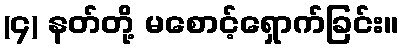
(၄) နတ်တို့ မစောင့်ရှောက်ခြင်း။